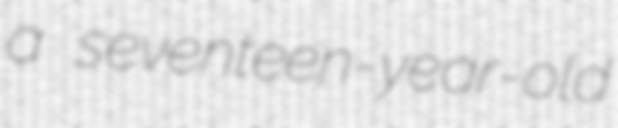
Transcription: a seventeen-year-old